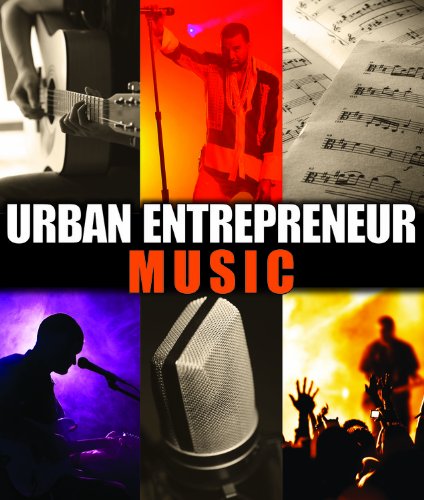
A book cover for Music (Urban Entrepreneur); Zach Wyner; Teen & Young Adult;